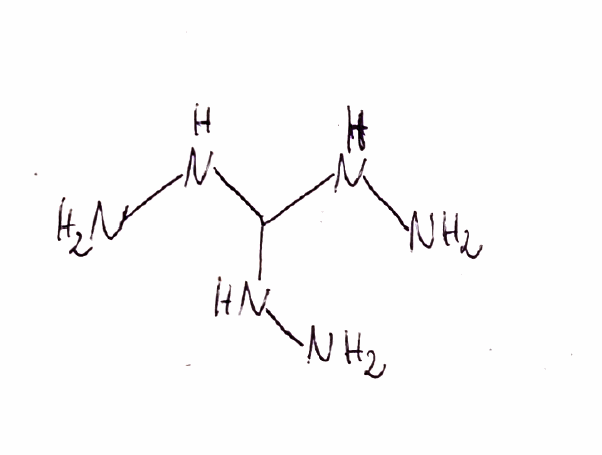
Simplified molecular-input line-entry system (SMILES) notation of the given molecule:
C(NN)(NN)NN